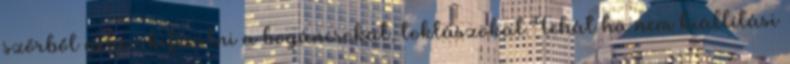
szőrből nehéz kifésülni a bogáncsokat, toklászokat.Tehát ha nem kiállítási